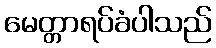
မေတ္တာရပ်ခံပါသည်